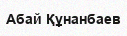
Абай Құнанбаев